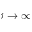
\beta \to \infty